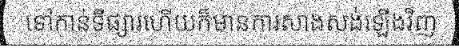
ទៅកាន់ទីផ្សារហើយក៏មានការសាងសង់ឡើងវិញ